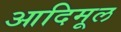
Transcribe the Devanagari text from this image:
आदिमूल